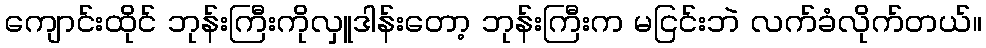
ကျောင်းထိုင် ဘုန်းကြီးကိုလှူဒါန်းတော့ ဘုန်းကြီးက မငြင်းဘဲ လက်ခံလိုက်တယ်။